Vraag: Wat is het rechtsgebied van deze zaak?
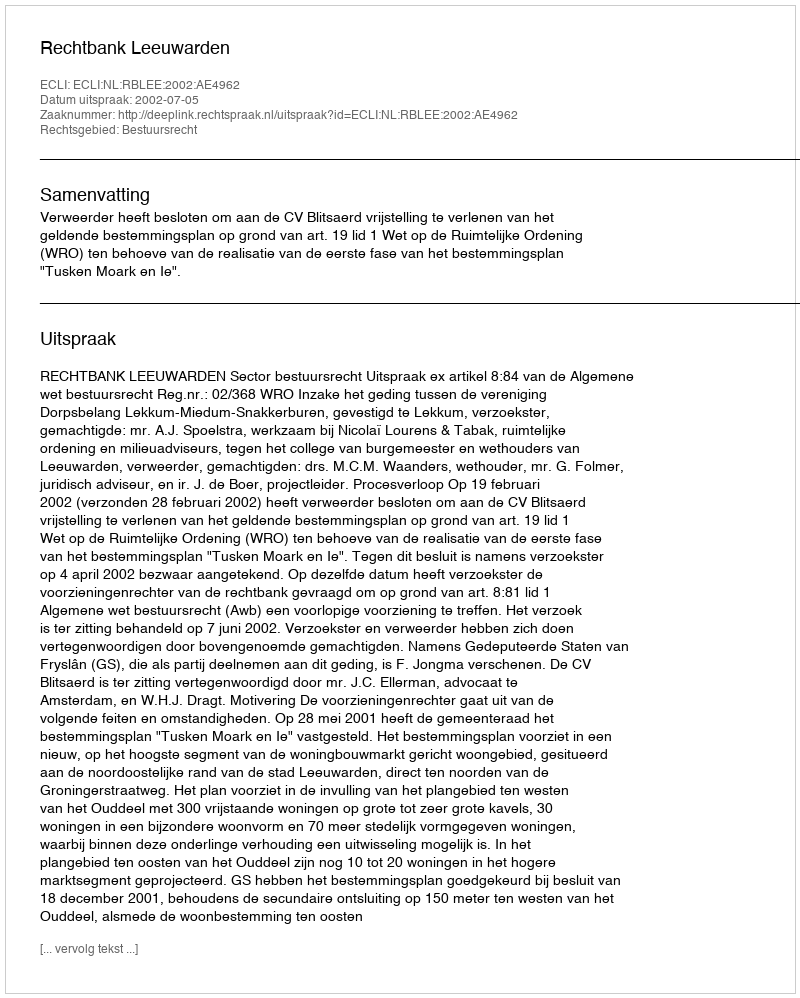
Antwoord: Bestuursrecht